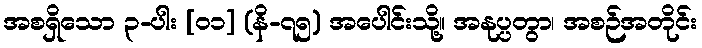
အစရှိသော ၃-ပါး [၀၁] (နိ-၇၅) အပေါင်းသို့။ အနုပ္ပတွာ၊ အစဉ်အတိုင်း